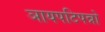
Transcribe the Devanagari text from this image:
ञायपटिपन्नो